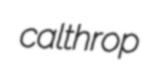
calthrop